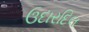
ઉદારદિલ